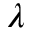
\lambda